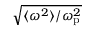
\sqrt { \langle \omega ^ { 2 } \rangle / \omega _ { \mathrm { p } } ^ { 2 } }